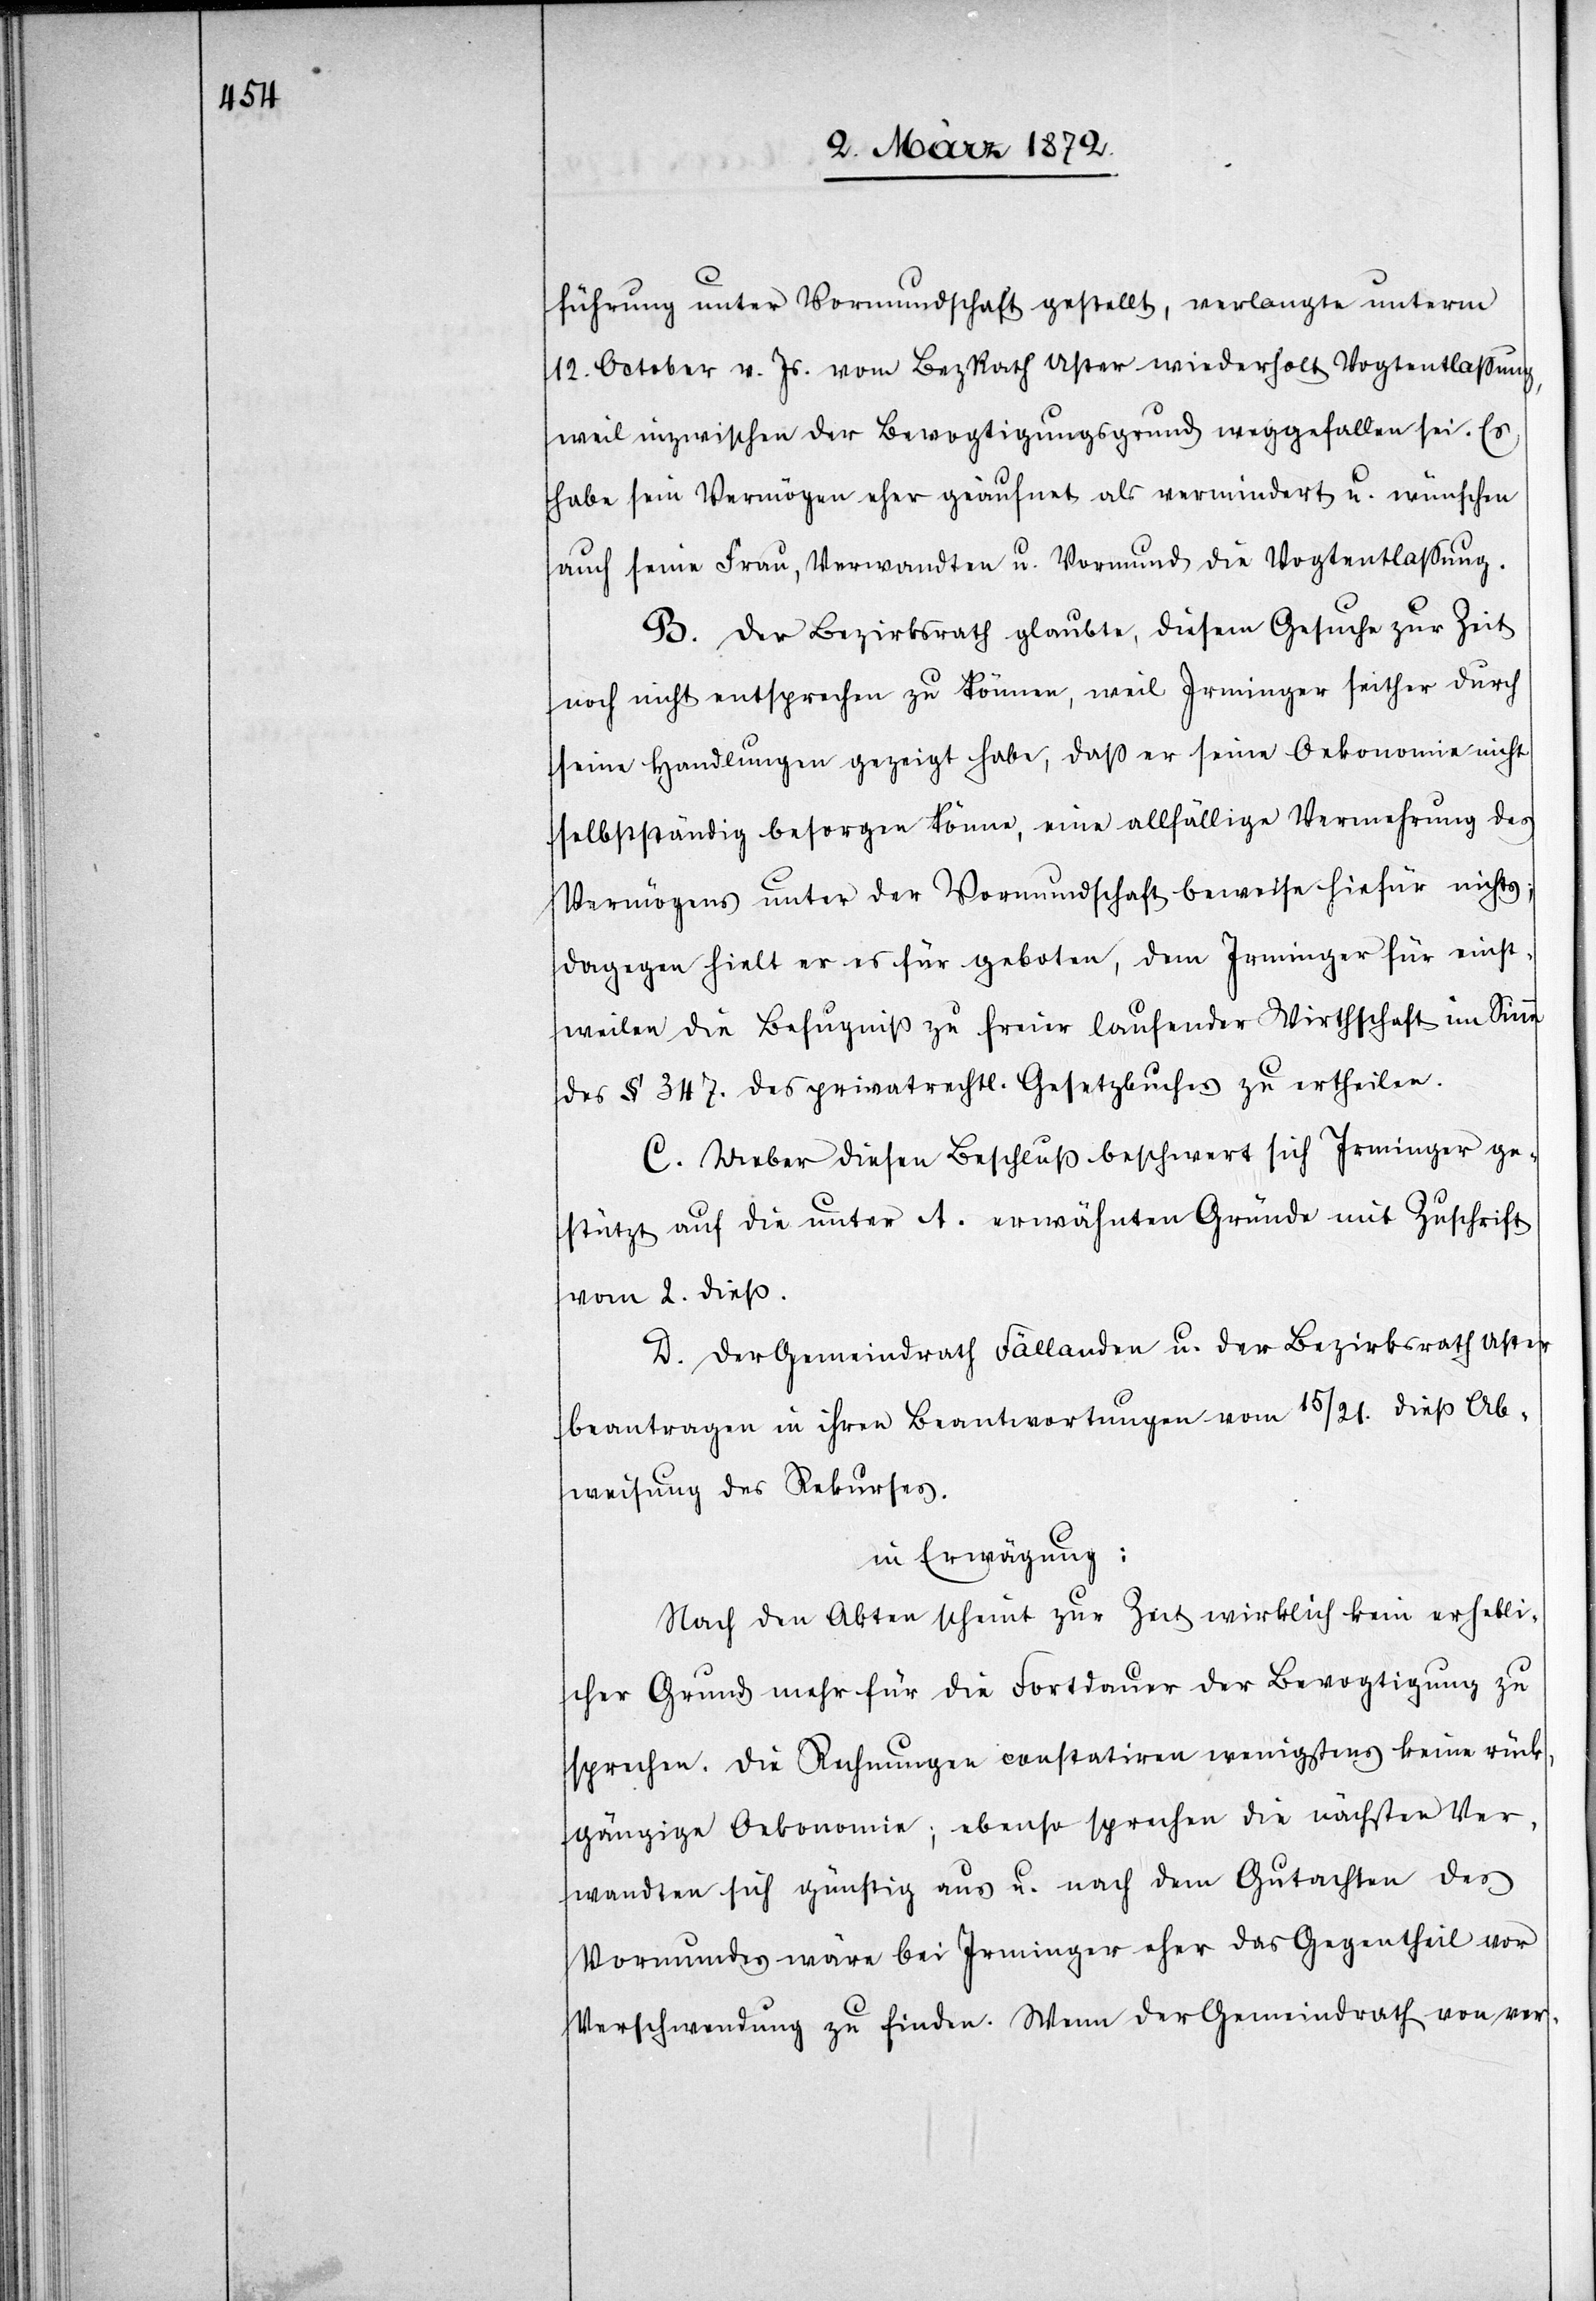
führung unter Vormundschaft gestellt, verlangte unterm
12. October v. Js. vom BezRath Uster wiederholt Vogtentlassung,
weil inzwischen der Bevogtigungsgrund weggefallen sei. Es
habe sein Vermögen eher geäufnet als vermindert u. wünschen
auch seine Frau, Verwandten u. Vormund die Vogtentlassung.
B. Der Bezirksrath glaubte, diesem Gesuche zur Zeit
noch nicht entsprechen zu können, weil Irminger seither durch
seine Handlungen gezeigt habe, daß er seine Oekonomie nicht
selbstständig besorgen könne, eine allfällige Vermehrung des
Vermögens unter der Vormundschaft beweise hiefür nichts;
dagegen hielt er es für geboten, dem Irminger für einst¬
weilen die Befugniß zu freier laufender Wirthschaft im Sinne
des § 347. des privatrechtl. Gesetzbuches zu ertheilen.
C. Ueber diesen Beschluß beschwert sich Irminger ge¬
stützt auf die unter A. erwähnten Gründe mit Zuschrift
vom 2. dieß.
D. Der Gemeindrath Fällanden u. der Bezirksrath Uster
beantragen in ihren Beantwortungen vom 15/21. dieß Ab¬
weisung des Rekurses.
in Erwägung:
Nach den Akten scheint zur Zeit wirklich kein erhebli¬
cher Grund mehr für die Fortdauer der Bevogtigung zu
sprechen. Die Rechnungen constatiren wenigstens keine rück¬
gängige Oekonomie; ebenso sprechen die nächsten Ver¬
wandten sich günstig aus u. nach dem Gutachten des
Vormundes wäre bei Irminger eher das Gegentheil vor
Verschwendung zu finden. Wenn der Gemeindrath von ver-